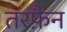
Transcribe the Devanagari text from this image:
तरफै़न